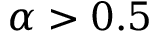
\alpha > 0 . 5